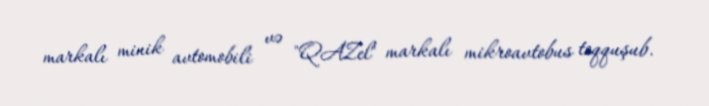
markalı minik avtomobili və "QAZel" markalı mikroavtobus toqquşub.